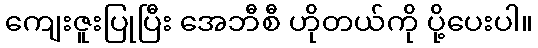
ကျေးဇူးပြုပြီး အေဘီစီ ဟိုတယ်ကို ပို့ပေးပါ။